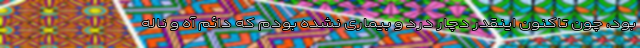
بود، چون تاکنون اینقدر دچار درد و بیماری نشده بودم که دائم آه و ناله